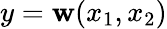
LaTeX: y=\mathbf{w}(x_{1},x_{2})